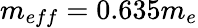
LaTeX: m_{eff}=0.635m_{e}